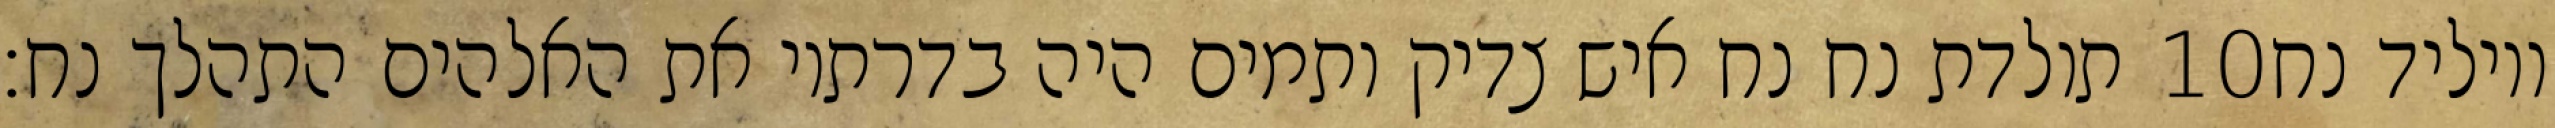
תולדת נח נח איש צדיק ותמים היה בדרתיו את האלהים התהלך נח׃ ‎10‏ ויוליד נח